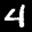
Label: 4